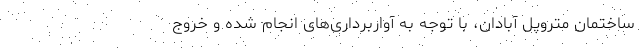
ساختمان متروپل آبادان، با توجه به آواربرداری‌های انجام شده و خروج